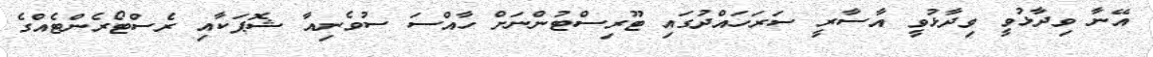
އޭނާ ވިދާޅުވީ ވިދާޅުވީ އާސާރީ ސަރަހައްދުގައި ޓޫރިސްޓުންނަށް ހާއްސަ ސުވެނިއާ ޝޮޕަކާއި ރެސްޓޯރެންޓެއްގެ